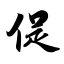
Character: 促